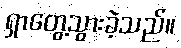
ရှာတွေ့သွားခဲ့သည်။